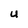
Character: U